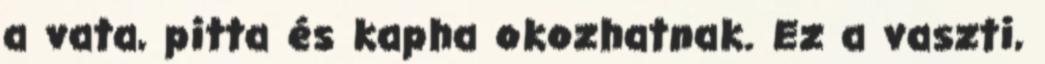
a vata, pitta és kapha okozhatnak. Ez a vaszti,